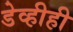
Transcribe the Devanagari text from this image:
डेव्हीही